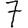
Digit: 7